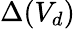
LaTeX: \Delta(V_{d})